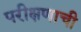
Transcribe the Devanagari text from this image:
परीक्षणाची